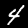
Label: 4